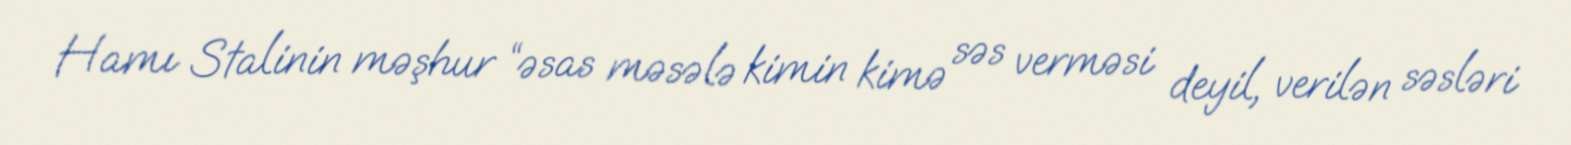
Hamı Stalinin məşhur “əsas məsələ kimin kimə səs verməsi deyil, verilən səsləri